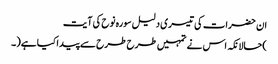
ان حضرات کی تیسری دلیل سورہ نوح کی آیت
)حالانکہ اس نے تمہیں طرح طرح سے پیداکیا ہے(۔